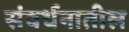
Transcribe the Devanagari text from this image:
संवर्धनातील